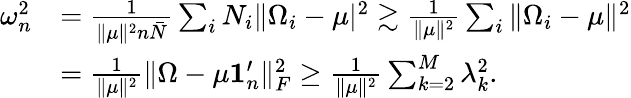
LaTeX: \begin{array}{rl}{\omega_{n}^{2}}&{=\frac{1}{\| \mu\| ^{2}n\bar{N}}\sum_{i}N_{i}\| \Omega_{i}-\mu|^{2}\gtrsim\frac{1}{\| \mu\| ^{2}}\sum_{i}\| \Omega_{i}-\mu\| ^{2}}\\ &{=\frac{1}{\| \mu\| ^{2}}\| \Omega-\mu{\mathbf 1}_{n}^{\prime}\| _{F}^{2}\geq\frac{1}{\| \mu\| ^{2}}\sum_{k=2}^{M}\lambda_{k}^{2}.}\end{array}